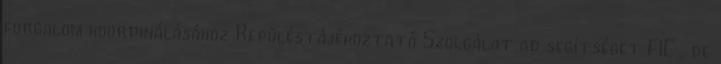
forgalom koordinálásához Repüléstájékoztató Szolgálat ad segítséget FIC , de